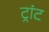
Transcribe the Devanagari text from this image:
ट्रांट